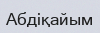
Абдіқайым